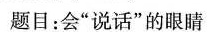
题目：会”说话”的眼睛